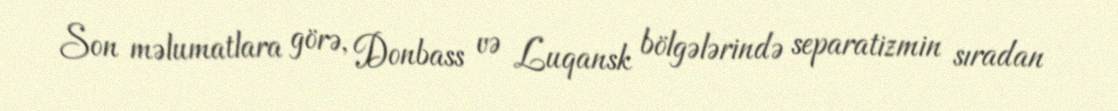
Son məlumatlara görə, Donbass və Luqansk bölgələrində separatizmin sıradan